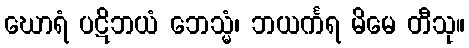
ဃောရံ ပဋိဘယံ ဘေသ္မံ၊ ဘယင်္ကရ မိမေ တီသု။